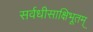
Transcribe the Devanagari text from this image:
सर्वधीसाक्षिभूतम्